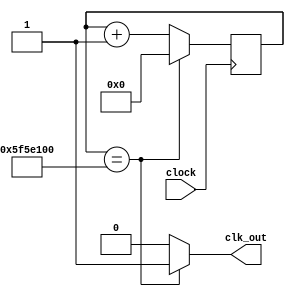
`timescale 1ns / 1ps
//////////////////////////////////////////////////////////////////////////////////
// Company: 
// Engineer: 
// 
// Design Name: 
// Module Name: divider
// Project Name: 
// Target Devices: 
// Tool Versions: 
// Description: 
// 
// Dependencies: 
// 
// Revision:
// Revision 0.01 - File Created
// Additional Comments:
// 
//////////////////////////////////////////////////////////////////////////////////


module divider(
    input clock,
    output clk_out
    );
        reg elapsed;
        reg [27:0] state;
        
        always @ (posedge clock)
            if(state == 100000000)state <= 0;
            else state <= state + 1;
        always @(state)
            if(state == 100000000)elapsed = 1;
            else elapsed = 0;
        assign clk_out = elapsed;
endmodule